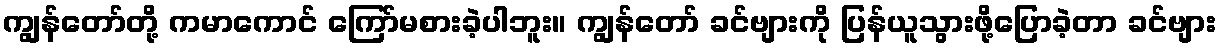
ကျွန်တော်တို့ ကမာကောင် ကြော်မစားခဲ့ပါဘူး။ ကျွန်တော် ခင်ဗျားကို ပြန်ယူသွားဖို့ပြောခဲ့တာ ခင်ဗျား